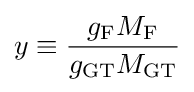
y\equiv {\frac {g_{\text{F}}M_{\text{F}}}{g_{\text{GT}}M_{\text{GT}}}}